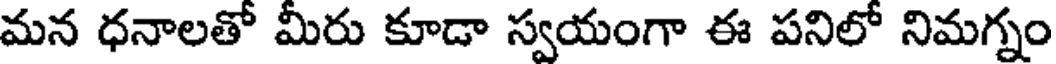
మన ధనాలతో మీరు కూడా స్వయంగా ఈ పనిలో నిమగ్నం